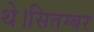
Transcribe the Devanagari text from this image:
थे।सितम्बर